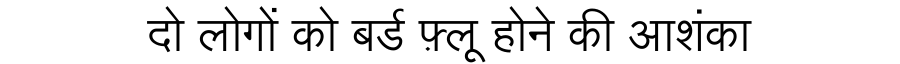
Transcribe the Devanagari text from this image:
दो लोगों को बर्ड फ़्लू होने की आशंका